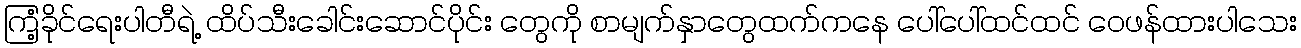
ကြံ့ခိုင်ရေးပါတီရဲ့ ထိပ်သီးခေါင်းဆောင်ပိုင်း တွေကို စာမျက်နှာတွေထက်ကနေ ပေါ်ပေါ်ထင်ထင် ဝေဖန်ထားပါသေး